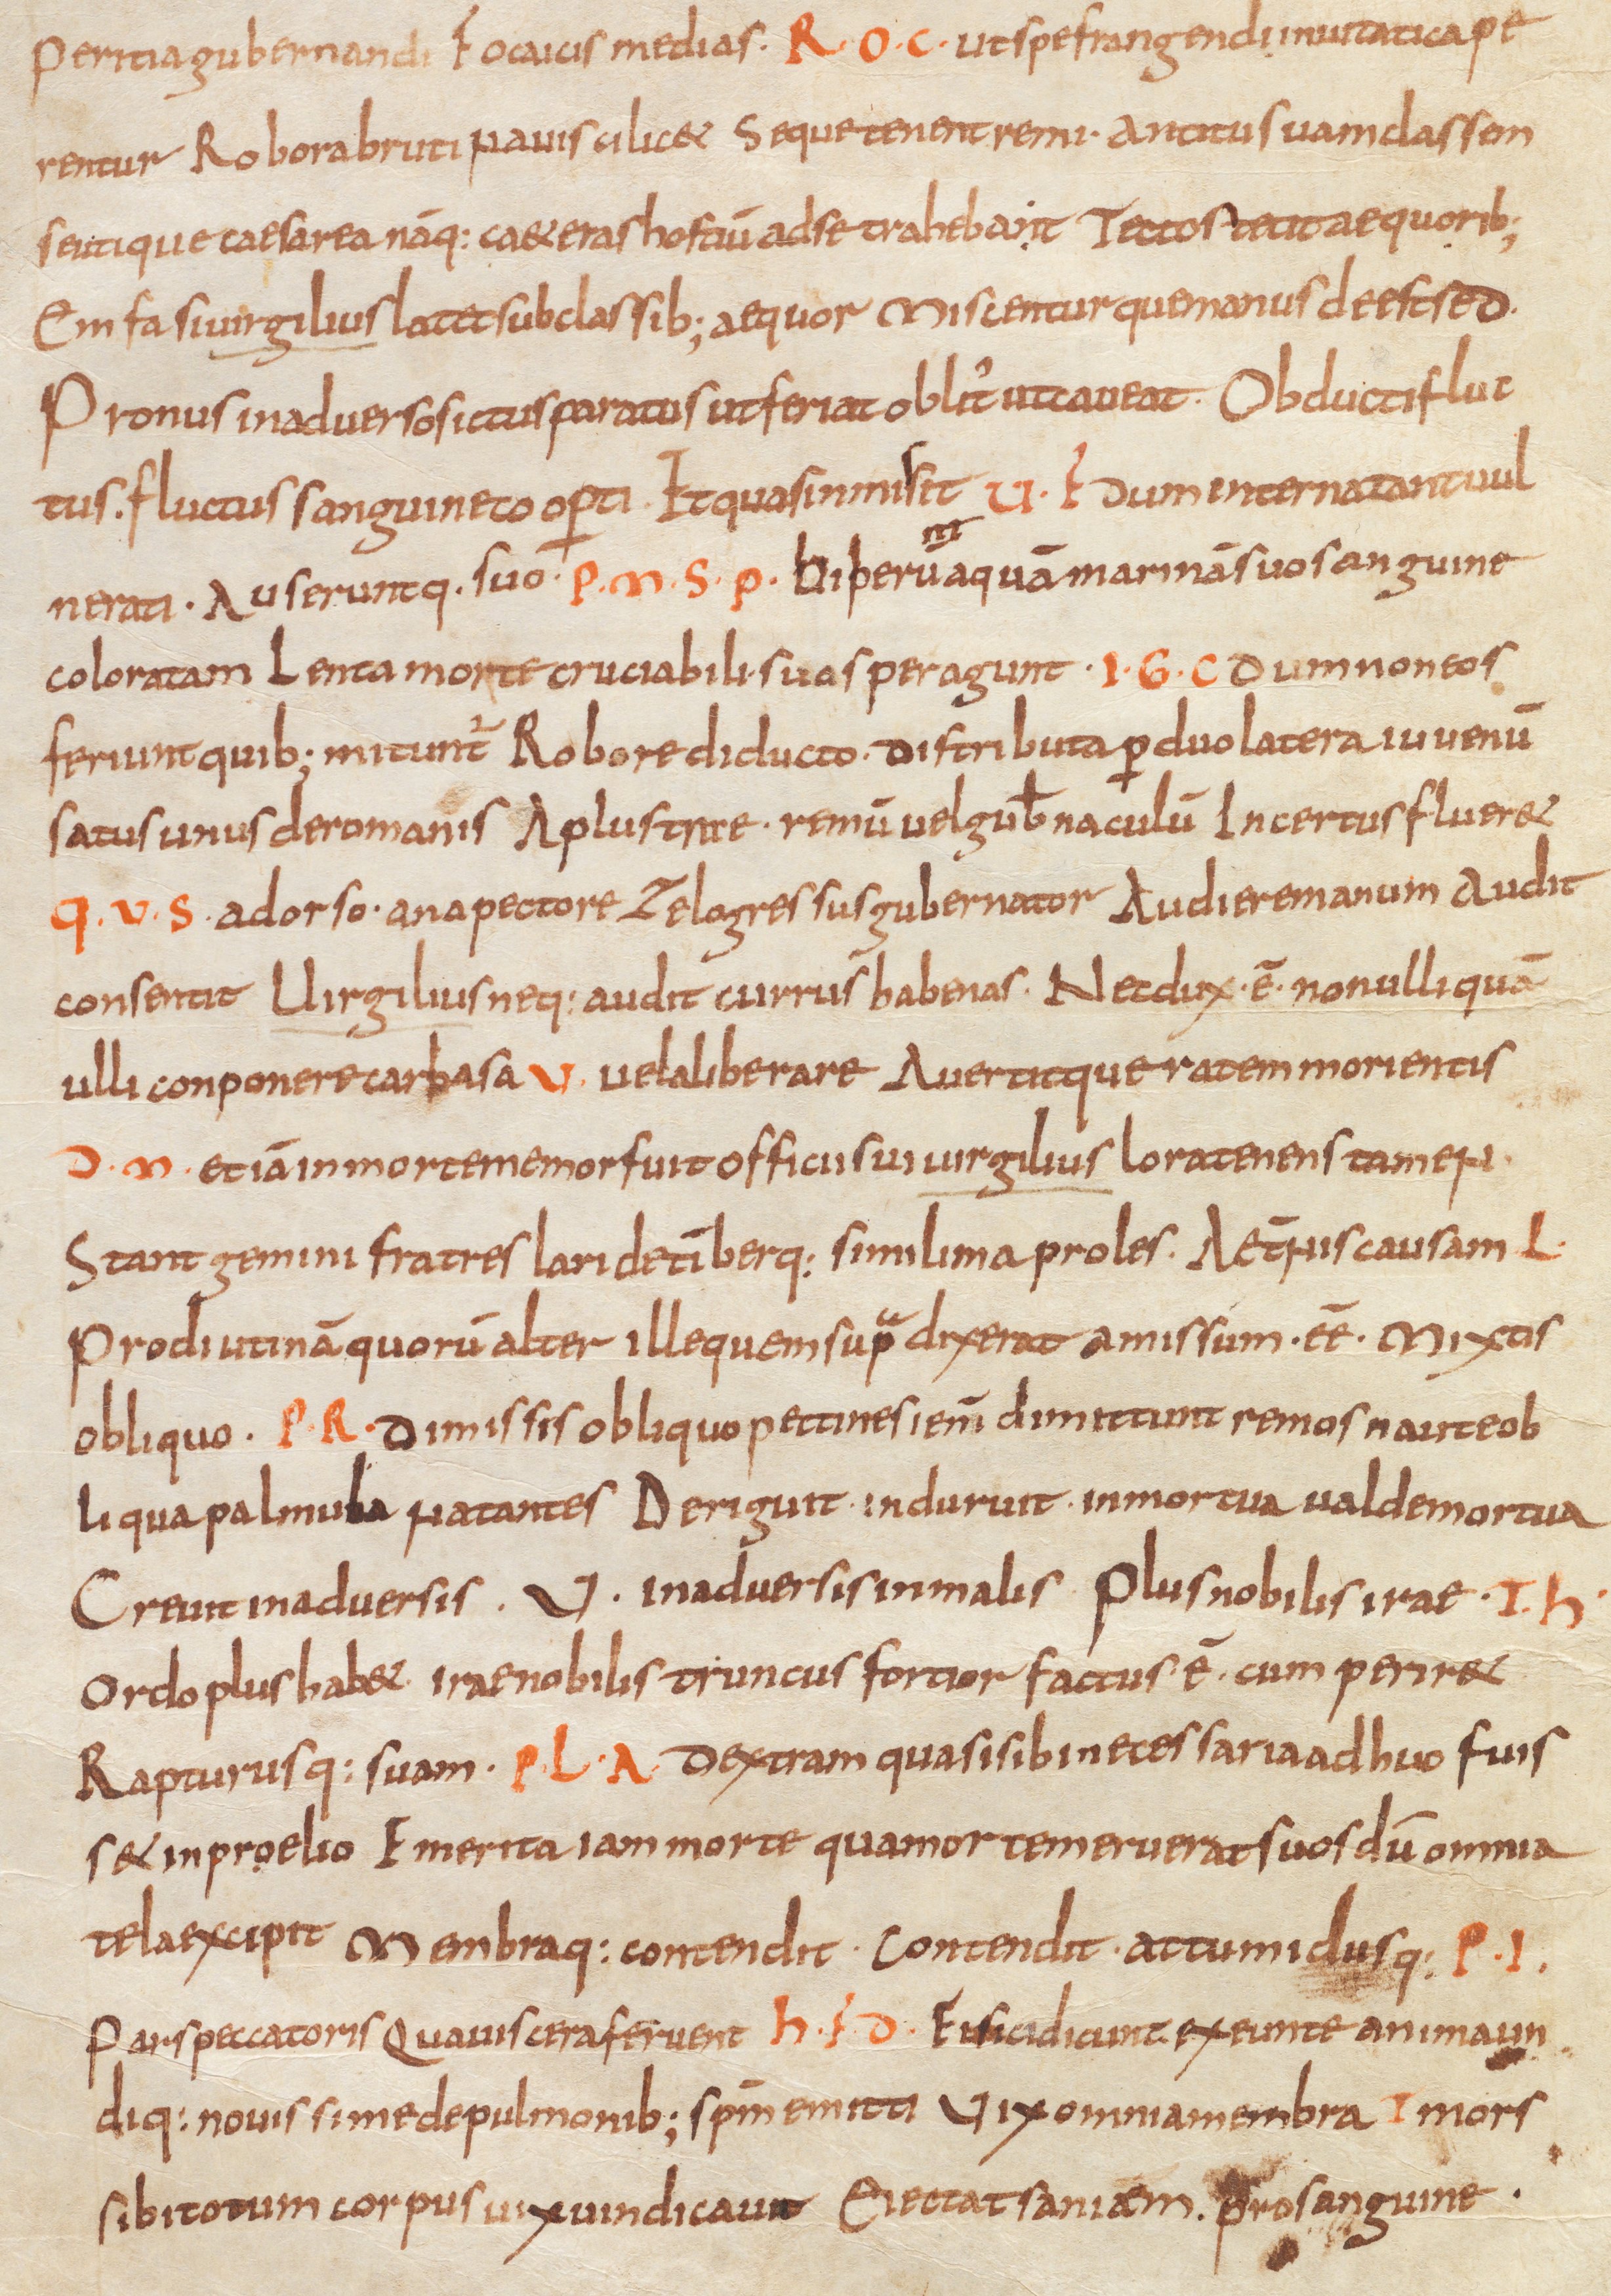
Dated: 885–899